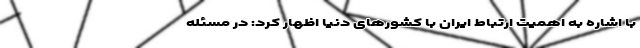
با اشاره به اهمیت ارتباط ایران با کشورهای دنیا اظهار کرد: در مسئله